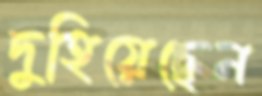
দুহিয়েছেন